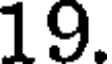
19.